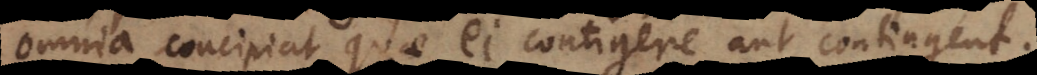
omnia concipiat quae ei contigere aut contingent.